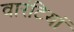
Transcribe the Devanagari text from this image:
वारंटियां